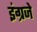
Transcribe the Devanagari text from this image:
इंग्रजे